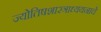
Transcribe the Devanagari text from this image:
ज्योतिषशास्त्राध्ययनाचे